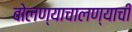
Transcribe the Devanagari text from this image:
बोलण्याचालण्याची